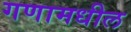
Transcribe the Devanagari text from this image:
गणामधील